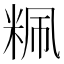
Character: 䊃